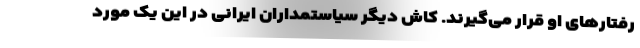
رفتارهای او قرار می‌گیرند. کاش دیگر سیاستمداران ایرانی در این یک مورد